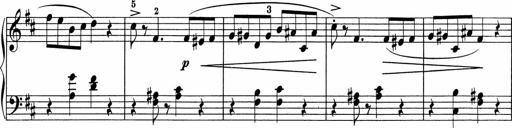
Title: 5 Sonatinen fÃ¼r die Jugend
Composer: Carl Reinecke